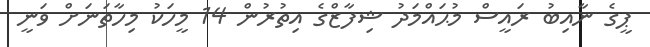
ޕީގެ ނާއިބު ރައީސް މުޙައްމަދު ޝިފާޒްގެ އިތުރުން 14 މީހަކު މިހާތަނަށް ވަނީ